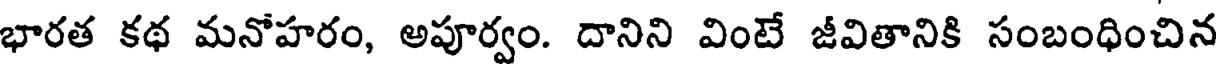
భారత కథ మనోహరం, అపూర్వం. దానిని వింటే జీవితానికి సంబంధించిన